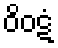
ဝိဝဋံ